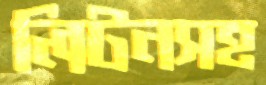
লিটনসহ